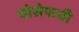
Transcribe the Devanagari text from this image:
योसेफची